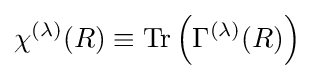
\chi ^{(\lambda )}(R)\equiv \operatorname {Tr} \left(\Gamma ^{(\lambda )}(R)\right)